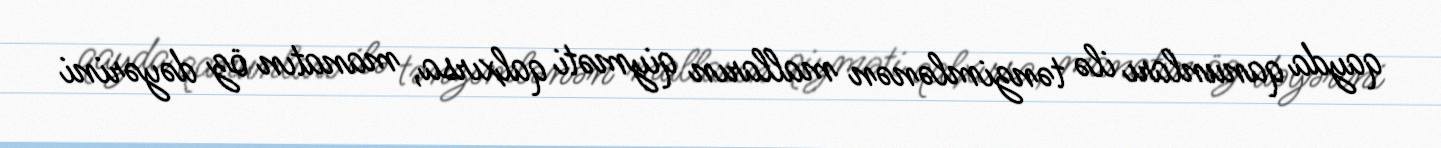
qayda qanunları ilə tənzimlənən malların qiyməti qalxırsa, manatın öz dəyərini